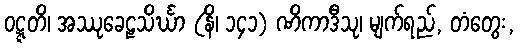
ဝဋ္ဋတိ၊ အဿုခေဠသိင်္ဃာ (နိ၊ ၁၄၁) ဏိကာဒီသု၊ မျက်ရည်, တံတွေး,